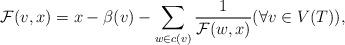
LaTeX: \begin{align*} \mathcal{F}(v, x) &= x - \beta(v) - \sum_{w \in c(v)} \dfrac{1}{\mathcal{F}(w, x)} (\forall v \in V(T)) , \end{align*}